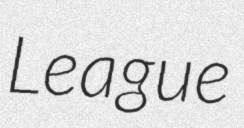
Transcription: League